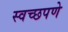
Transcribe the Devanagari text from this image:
स्वच्छपणे